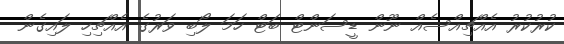
ކުރުކުރު އެއްޗިއްސެއް ނޫން ޑީސަންޓް ބަޓް ހަމަ ލޯބި ވަރުގެ އެއްޗިހި ލައިގެން